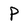
Character: P